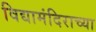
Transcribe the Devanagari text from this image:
विद्यामंदिराच्या